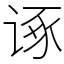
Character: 诼